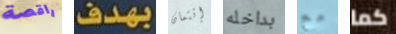
راقصة بهدف إئتمان بداخله مع كما